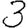
Digit: 3